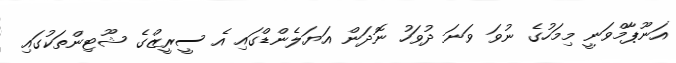
އަނޫޕާމްވަނީ މިމަހުގެ ނުވަ ވަނަ ދުވަހު ނޮދަން އަޔަލެންޑްގައި އެ ސީރީޒްގެ ޝޫޓިންތަކުގައި